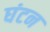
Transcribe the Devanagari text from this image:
घंटन